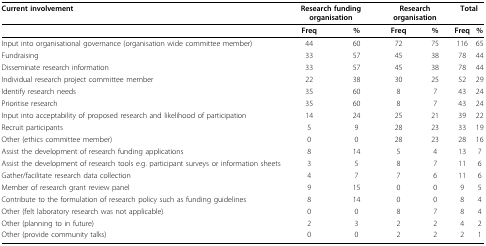
<table><thead><tr><td><b>Current involvement</b></td><td colspan="2"><b>Research funding organisation</b></td><td colspan="2"><b>Research organisation</b></td><td colspan="2"><b>Total</b></td></tr></thead><tbody><tr><td></td><td><b>Freq</b></td><td><b>%</b></td><td><b>Freq</b></td><td><b>%</b></td><td><b>Freq</b></td><td><b>%</b></td></tr><tr><td>Input into organisational governance (organisation wide committee member)</td><td>44</td><td>60</td><td>72</td><td>75</td><td>116</td><td>65</td></tr><tr><td>Fundraising</td><td>33</td><td>57</td><td>45</td><td>38</td><td>78</td><td>44</td></tr><tr><td>Disseminate research information</td><td>33</td><td>57</td><td>45</td><td>38</td><td>78</td><td>44</td></tr><tr><td>Individual research project committee member</td><td>22</td><td>38</td><td>30</td><td>25</td><td>52</td><td>29</td></tr><tr><td>Identify research needs</td><td>35</td><td>60</td><td>8</td><td>7</td><td>43</td><td>24</td></tr><tr><td>Prioritise research</td><td>35</td><td>60</td><td>8</td><td>7</td><td>43</td><td>24</td></tr><tr><td>Input into acceptability of proposed research and likelihood of participation</td><td>14</td><td>24</td><td>25</td><td>21</td><td>39</td><td>22</td></tr><tr><td>Recruit participants</td><td>5</td><td>9</td><td>28</td><td>23</td><td>33</td><td>19</td></tr><tr><td>Other (ethics committee member)</td><td>0</td><td>0</td><td>28</td><td>23</td><td>28</td><td>16</td></tr><tr><td>Assist the development of research funding applications</td><td>8</td><td>14</td><td>5</td><td>4</td><td>13</td><td>7</td></tr><tr><td>Assist the development of research tools e.g. participant surveys or information sheets</td><td>3</td><td>5</td><td>8</td><td>7</td><td>11</td><td>6</td></tr><tr><td>Gather/facilitate research data collection</td><td>4</td><td>7</td><td>7</td><td>6</td><td>11</td><td>6</td></tr><tr><td>Member of research grant review panel</td><td>9</td><td>15</td><td>0</td><td>0</td><td>9</td><td>5</td></tr><tr><td>Contribute to the formulation of research policy such as funding guidelines</td><td>8</td><td>14</td><td>0</td><td>0</td><td>8</td><td>4</td></tr><tr><td>Other (felt laboratory research was not applicable)</td><td>0</td><td>0</td><td>8</td><td>7</td><td>8</td><td>4</td></tr><tr><td>Other (planning to in future)</td><td>2</td><td>3</td><td>2</td><td>2</td><td>4</td><td>2</td></tr><tr><td>Other (provide community talks)</td><td>0</td><td>0</td><td>2</td><td>2</td><td>2</td><td>1</td></tr></tbody></table>